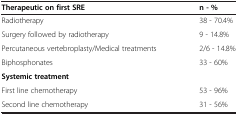
<table><thead><tr><td><b>Therapeutic on first SRE</b></td><td><b>n - %</b></td></tr></thead><tbody><tr><td>Radiotherapy</td><td>38 - 70.4%</td></tr><tr><td>Surgery followed by radiotherapy</td><td>9 - 14.8%</td></tr><tr><td>Percutaneous vertebroplasty/Medical treatments</td><td>2/6 - 14.8%</td></tr><tr><td>Biphosphonates</td><td>33 - 60%</td></tr><tr><td><b>Systemic treatment</b></td><td> </td></tr><tr><td>First line chemotherapy</td><td>53 - 96%</td></tr><tr><td>Second line chemotherapy</td><td>31 - 56%</td></tr></tbody></table>